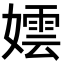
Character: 𡢅